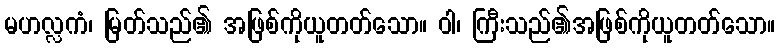
မဟလ္လကံ၊ မြတ်သည်၏ အဖြစ်ကိုယူတတ်သော။ ဝါ၊ ကြီးသည်၏အဖြစ်ကိုယူတတ်သော။